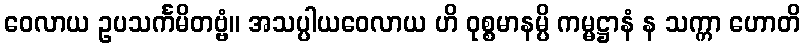
ဝေလာယ ဥပသင်္ကမိတဗ္ဗံ။ အသပ္ပါယဝေလာယ ဟိ ဝုစ္စမာနမ္ပိ ကမ္မဋ္ဌာနံ န သက္ကာ ဟောတိ